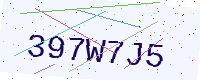
Text: 397W7J5